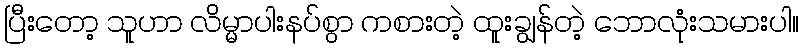
ပြီးတော့ သူဟာ လိမ္မာပါးနပ်စွာ ကစားတဲ့ ထူးချွန်တဲ့ ဘောလုံးသမားပါ။